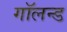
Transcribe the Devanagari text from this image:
गॉलन्ड